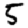
Digit: 5